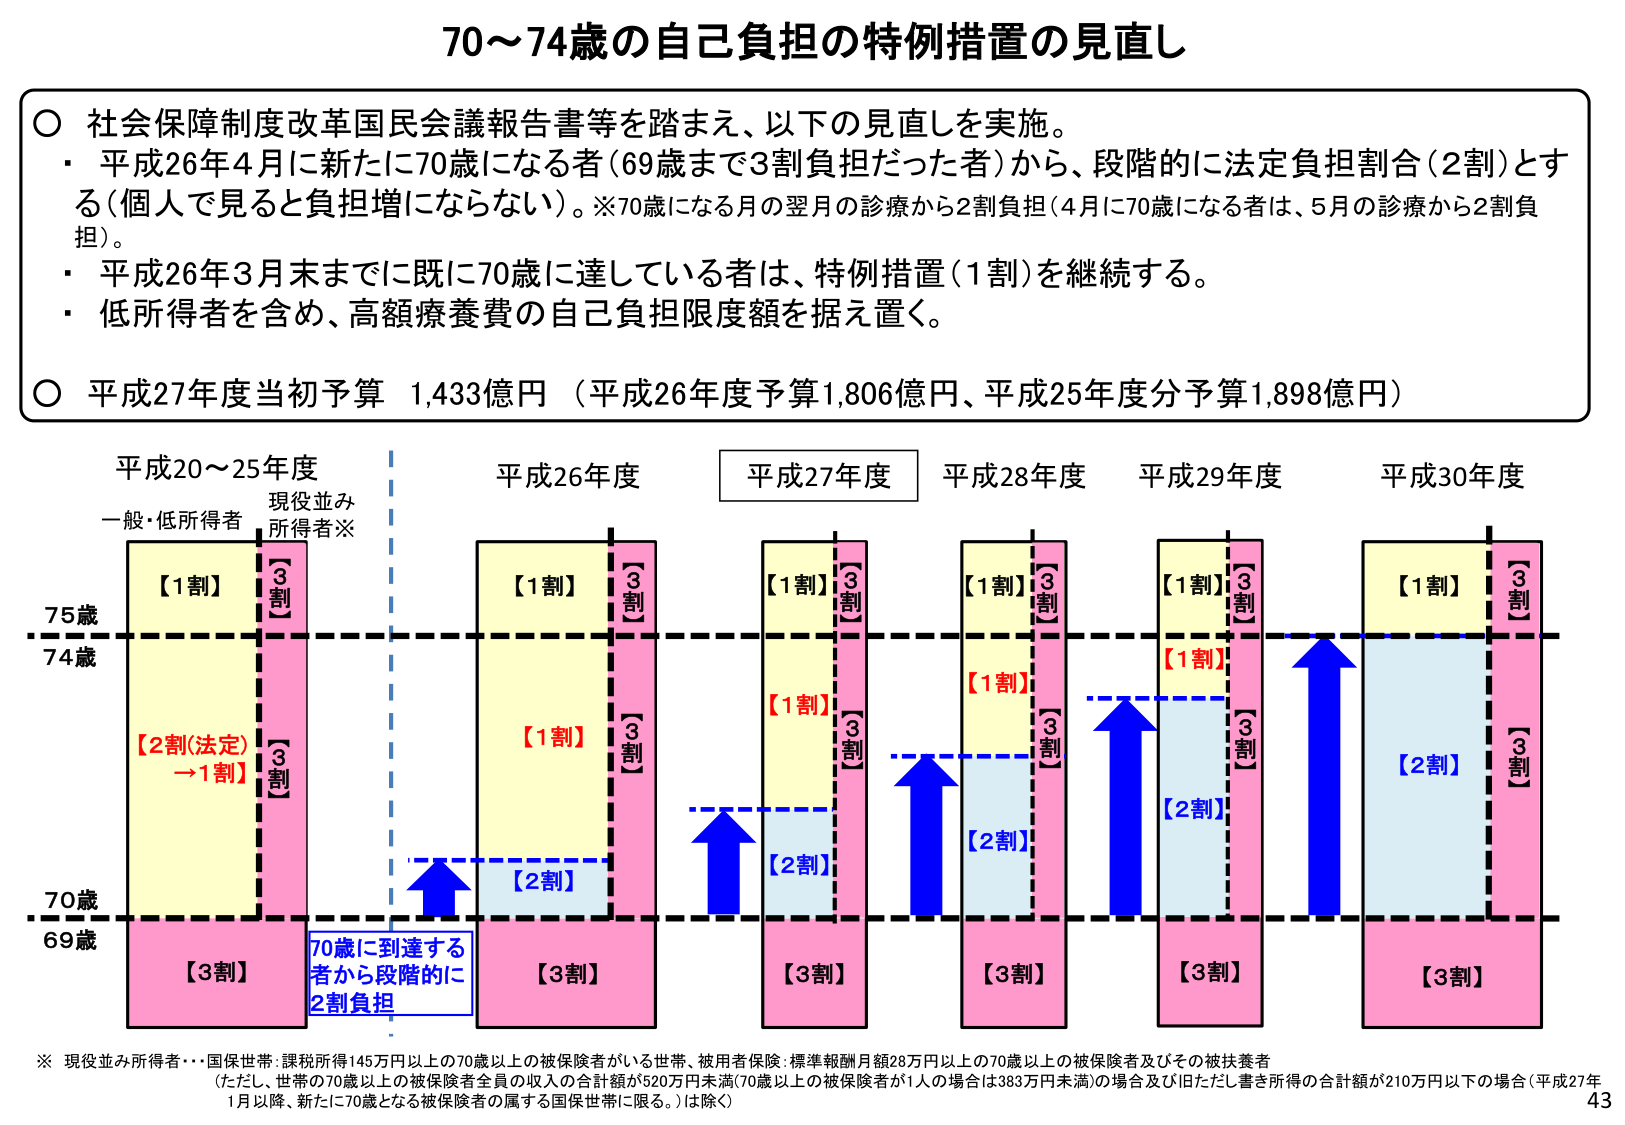
70～74歳の自己負担の特例措置の見直し

○ 社会保障制度改革国民会議報告書等を踏まえ、以下の見直しを実施。
・ 平成26年4月に新たに70歳になる者（69歳まで3割負担だった者）から、段階的に法定負担割合（2割）とする（個人で見ると負担増にならない）。※70歳になる月の翌月の診療から2割負担（4月に70歳になる者は、5月の診療から2割負担）。
・ 平成26年3月末までに既に70歳に達している者は、特例措置（1割）を継続する。
・ 低所得者を含め、高額療養費の自己負担限度額を据え置く。

○ 平成27年度当初予算 1,433億円（平成26年度予算1,806億円、平成25年度分予算1,898億円）

平成20～25年度　　　　　平成26年度　　　　　平成27年度　　　　　平成28年度　　　　　平成29年度　　　　　平成30年度
一般・低所得者　現役並み
所得者※

75歳